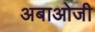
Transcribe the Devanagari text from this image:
अबाओजी